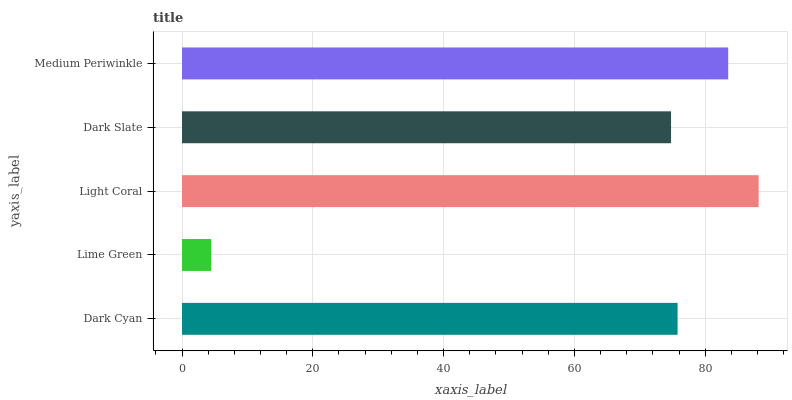
| yaxis_label | bars |
 | --- | --- |
 | Dark Cyan | 75.8 |
 | Lime Green | 4.46 |
 | Light Coral | 88.2 |
 | Dark Slate | 74.8 |
 | Medium Periwinkle | 83.5 |